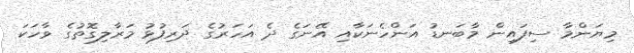
މިޔަންމާ ސިފައިން މާބަނޑު އަންހެނަކާއި އޭނަގެ ދެ އަހަރުގެ ދަރިފުޅު މަރާލިގޮތުގެ ވާހަކަ